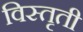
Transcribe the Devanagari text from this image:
विस्तृती